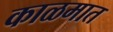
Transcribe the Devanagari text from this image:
काळमात